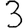
Digit: 3